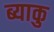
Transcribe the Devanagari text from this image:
ब्याकु